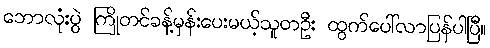
ဘောလုံးပွဲ ကြိုတင်ခန့်မှန်းပေးမယ့်သူတဦး ထွက်ပေါ်လာပြန်ပါပြီ။